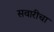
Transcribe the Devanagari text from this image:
सवारीचा